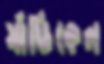
র‍্যাডিকেল